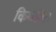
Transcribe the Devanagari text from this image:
किणवित